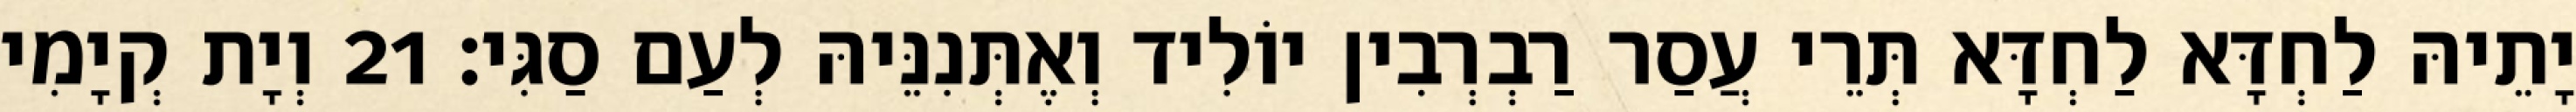
יָתֵיהּ לַחְדָּא לַחְדָּא תְּרֵי עֲסַר רַבְרְבִין יוֹלִיד וְאֶתְּנִנֵּיהּ לְעַם סַגִּי׃ 21 וְיָת קְיָמִי